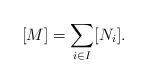
LaTeX: \begin{align*}[M] = \sum_{i \in I} [N_i].\end{align*}